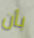
بأن